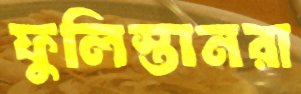
ফুলিস্তানরা